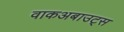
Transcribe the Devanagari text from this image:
वाकअबाउट्स